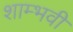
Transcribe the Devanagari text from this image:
शाम्भवी